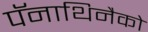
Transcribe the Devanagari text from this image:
पॅनाथिनैको